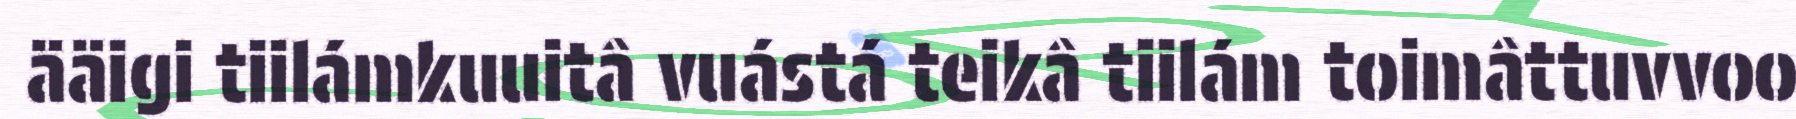
ääigi tiilámkuuitâ vuástá teikâ tiilám toimâttuvvoo